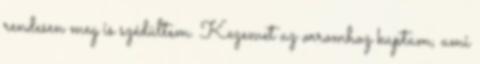
rendesen meg is szédültem. Kezemet az orromhoz kaptam, ami